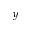
y